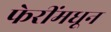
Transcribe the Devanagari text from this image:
फेरींमधून